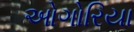
ઓગોરિયા